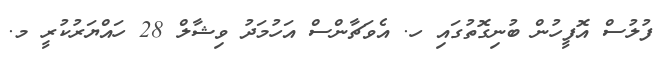
ފުލުސް އޮފީހުން ބުނިގޮތުގައި ހ. އެވަޗާންސް އަހުމަދު ވިޝާލް 28 ހައްޔަރުކުރީ މ.